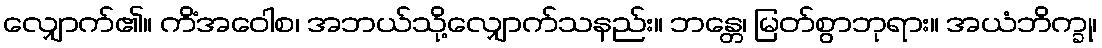
လျှောက်၏။ ကိံအဝေါစ၊ အဘယ်သို့လျှောက်သနည်း။ ဘန္တေ၊ မြတ်စွာဘုရား။ အယံဘိက္ခု၊